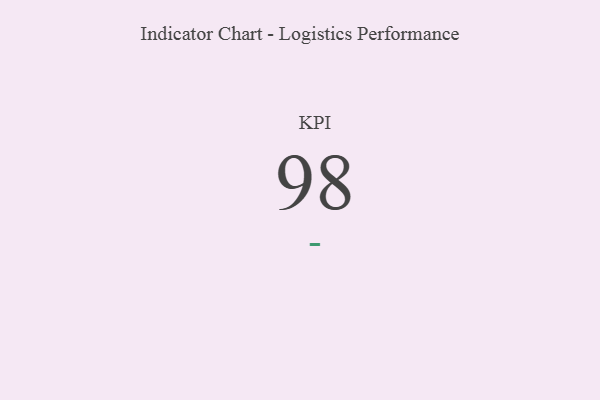
{"axis": {"x": "KPI", "y": "Value"}, "legend": [""], "data": [{"x": "KPI", "y": 98, "type": ""}]}